Vaccination in Bombay 1869-1873 - 1869-1873
Year: 1869
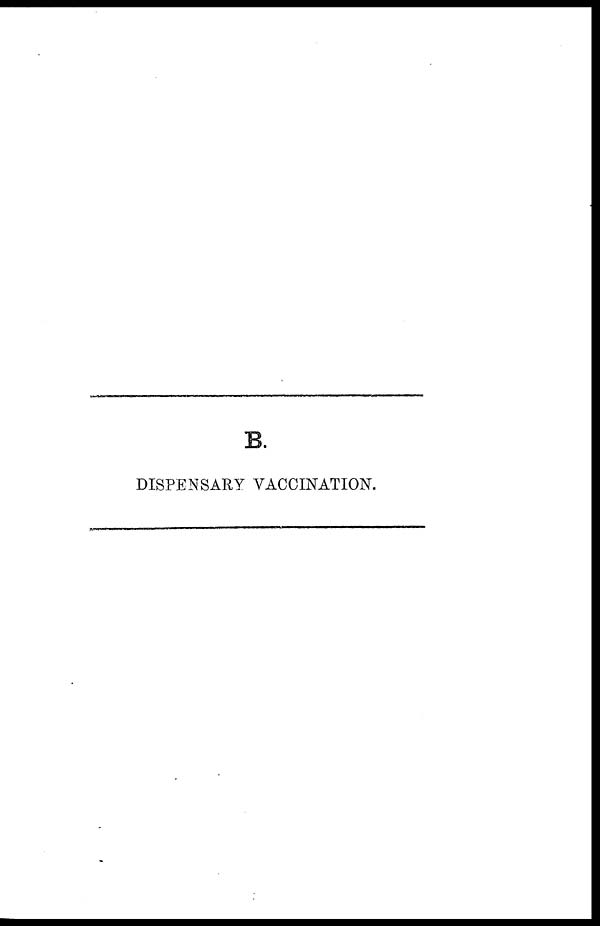
B.
DISPENSARY VACCINATION.